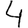
Digit: 4